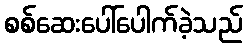
စစ်ဆေးပေါ်ပေါက်ခဲ့သည်